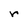
Character: r